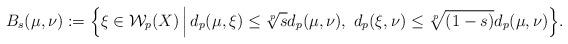
LaTeX: \begin{align*} B_s(\mu, \nu):=\Big\{\xi\in\mathcal{W}_p(X)\,\Big|\,d_{p}(\mu, \xi)\le \sqrt[p]{s}d_p(\mu,\nu), \ d_{p}(\xi,\nu)\le\sqrt[p]{(1-s)}d_p(\mu,\nu) \Big\}.\end{align*}